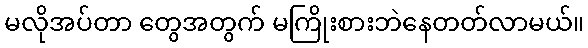
မလိုအပ်တာ တွေအတွက် မကြိုးစားဘဲနေတတ်လာမယ်။